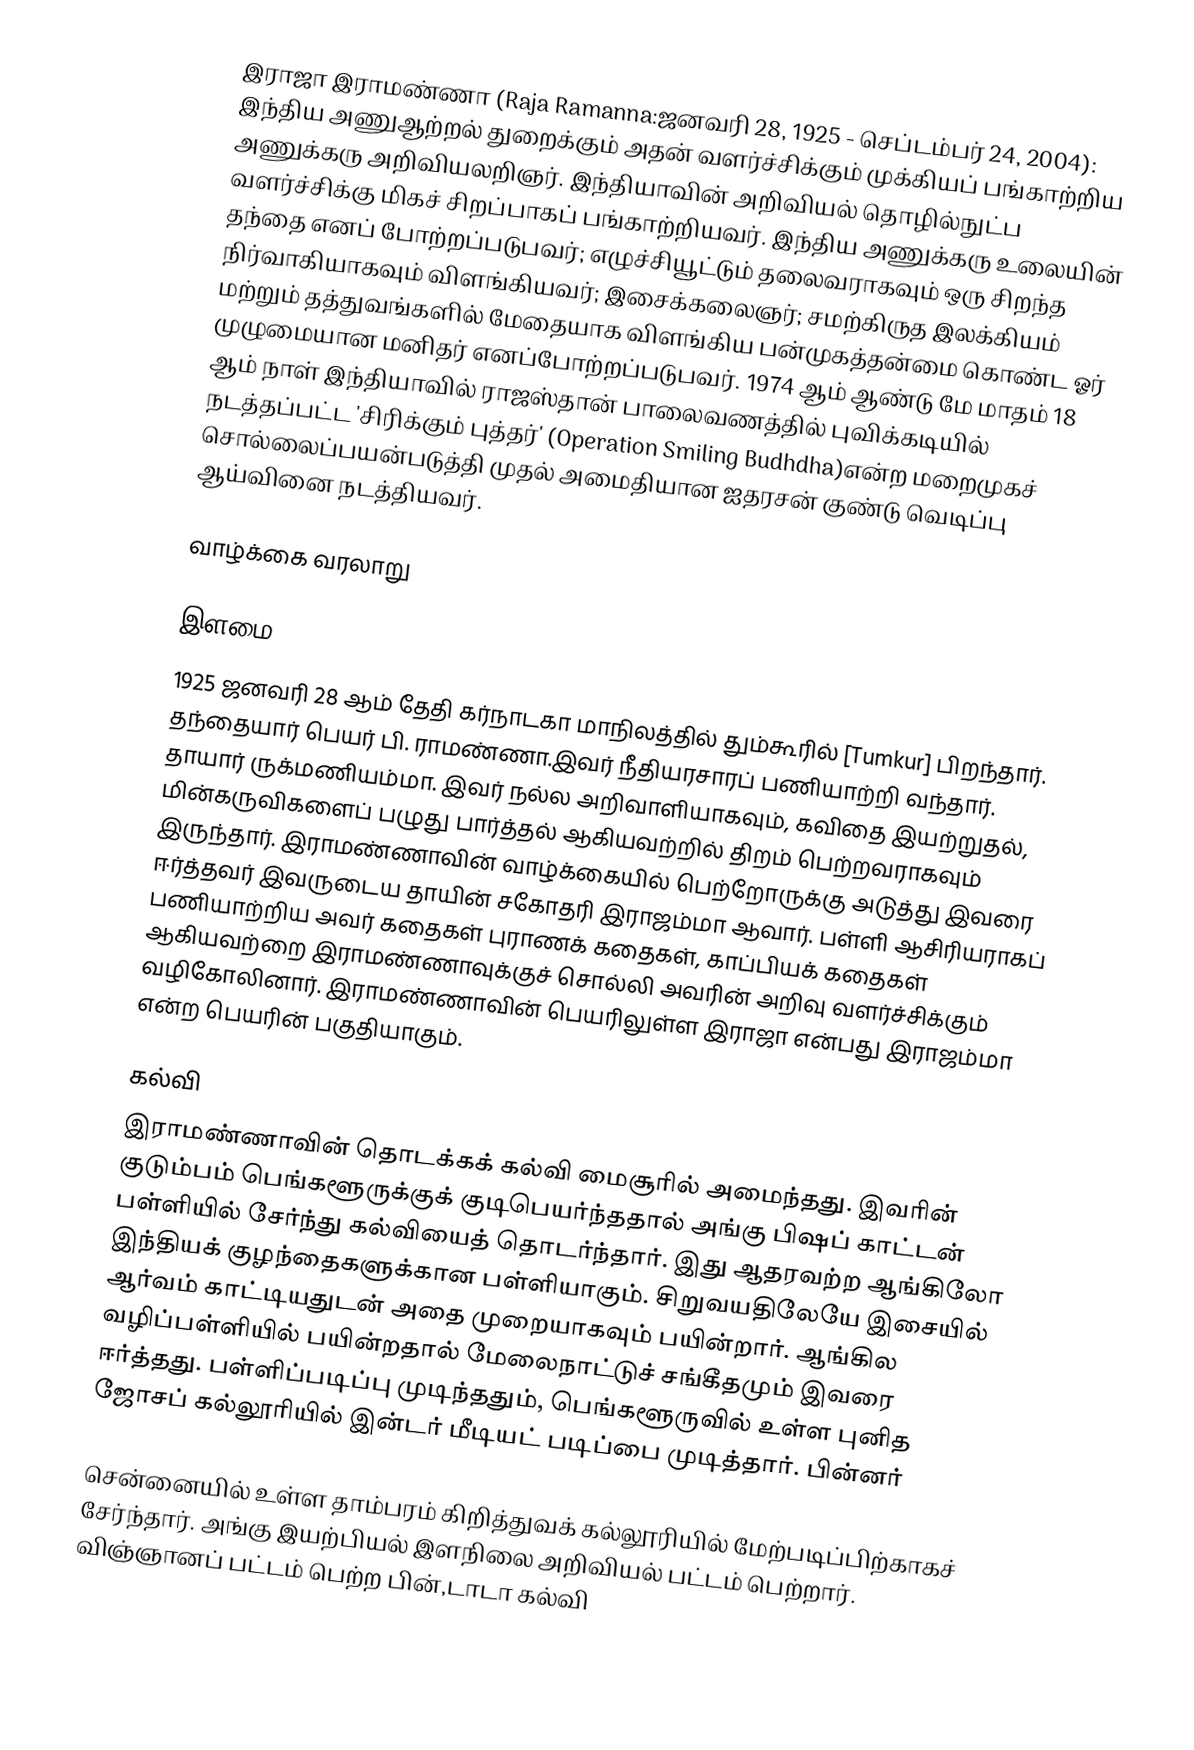
இராஜா இராமண்ணா (Raja Ramanna:ஜனவரி 28, 1925 - செப்டம்பர் 24, 2004): இந்திய அணுஆற்றல் துறைக்கும் அதன் வளர்ச்சிக்கும் முக்கியப் பங்காற்றிய அணுக்கரு அறிவியலறிஞர். இந்தியாவின் அறிவியல் தொழில்நுட்ப வளர்ச்சிக்கு மிகச் சிறப்பாகப் பங்காற்றியவர். இந்திய அணுக்கரு உலையின் தந்தை எனப் போற்றப்படுபவர்; எழுச்சியூட்டும் தலைவராகவும் ஒரு சிறந்த நிர்வாகியாகவும் விளங்கியவர்; இசைக்கலைஞர்; சமற்கிருத இலக்கியம் மற்றும் தத்துவங்களில் மேதையாக விளங்கிய பன்முகத்தன்மை கொண்ட ஓர் முழுமையான  மனிதர் எனப்போற்றப்படுபவர். 1974 ஆம் ஆண்டு மே மாதம் 18 ஆம் நாள் இந்தியாவில் ராஜஸ்தான் பாலைவணத்தில் புவிக்கடியில் நடத்தப்பட்ட 'சிரிக்கும் புத்தர்' (Operation Smiling Budhdha)என்ற மறைமுகச் சொல்லைப்பயன்படுத்தி முதல் அமைதியான ஐதரசன் குண்டு வெடிப்பு ஆய்வினை நடத்தியவர்.

வாழ்க்கை வரலாறு

இளமை
1925 ஜனவரி 28 ஆம் தேதி கர்நாடகா மாநிலத்தில் தும்கூரில் [Tumkur] பிறந்தார். தந்தையார் பெயர் பி. ராமண்ணா.இவர் நீதியரசாரப் பணியாற்றி வந்தார். தாயார் ருக்மணியம்மா. இவர் நல்ல அறிவாளியாகவும், கவிதை இயற்றுதல், மின்கருவிகளைப் பழுது பார்த்தல் ஆகியவற்றில் திறம் பெற்றவராகவும் இருந்தார். இராமண்ணாவின் வாழ்க்கையில் பெற்றோருக்கு அடுத்து  இவரை ஈர்த்தவர் இவருடைய தாயின் சகோதரி இராஜம்மா ஆவார். பள்ளி ஆசிரியராகப் பணியாற்றிய  அவர் கதைகள் புராணக் கதைகள், காப்பியக் கதைகள் ஆகியவற்றை  இராமண்ணாவுக்குச் சொல்லி அவரின் அறிவு வளர்ச்சிக்கும் வழிகோலினார். இராமண்ணாவின் பெயரிலுள்ள இராஜா என்பது இராஜம்மா என்ற பெயரின் பகுதியாகும்.

கல்வி
இராமண்ணாவின் தொடக்கக் கல்வி மைசூரில் அமைந்தது. இவரின் குடும்பம் பெங்களூருக்குக் குடிபெயர்ந்ததால் அங்கு பிஷப் காட்டன் பள்ளியில் சேர்ந்து கல்வியைத் தொடர்ந்தார். இது ஆதரவற்ற ஆங்கிலோ இந்தியக் குழந்தைகளுக்கான பள்ளியாகும். சிறுவயதிலேயே இசையில் ஆர்வம் காட்டியதுடன் அதை முறையாகவும் பயின்றார். ஆங்கில வழிப்பள்ளியில் பயின்றதால் மேலைநாட்டுச் சங்கீதமும் இவரை ஈர்த்தது. பள்ளிப்படிப்பு முடிந்ததும், பெங்களூருவில் உள்ள புனித ஜோசப் கல்லூரியில் இன்டர் மீடியட் படிப்பை முடித்தார். பின்னர்

சென்னையில் உள்ள தாம்பரம் கிறித்துவக் கல்லூரியில் மேற்படிப்பிற்காகச் சேர்ந்தார். அங்கு இயற்பியல் இளநிலை அறிவியல் பட்டம் பெற்றார். விஞ்ஞானப் பட்டம் பெற்ற பின்,டாடா கல்வி